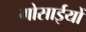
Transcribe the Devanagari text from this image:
गोसाईयों